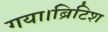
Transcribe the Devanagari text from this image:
गया।ब्रिटिश